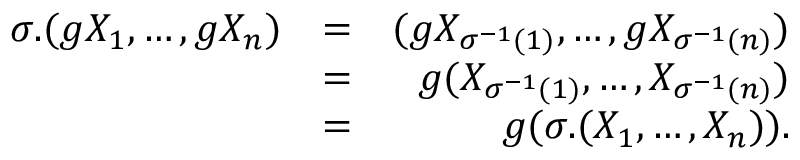
\begin{array} { r l r } { \sigma . ( g X _ { 1 } , \ldots , g X _ { n } ) } & { = } & { ( g X _ { \sigma ^ { - 1 } ( 1 ) } , \ldots , g X _ { \sigma ^ { - 1 } ( n ) } ) } \\ & { = } & { g ( X _ { \sigma ^ { - 1 } ( 1 ) } , \ldots , X _ { \sigma ^ { - 1 } ( n ) } ) } \\ & { = } & { g ( \sigma . ( X _ { 1 } , \ldots , X _ { n } ) ) . } \end{array}